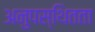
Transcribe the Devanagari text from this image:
अनुपस्थितता